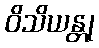
ဝိသိယန္တု